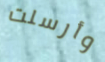
وأرسلت